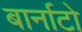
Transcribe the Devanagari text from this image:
बार्नाटो